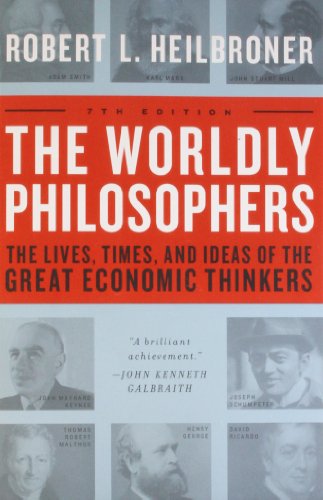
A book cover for The Worldly Philosophers: The Lives, Times And Ideas Of The Great Economic Thinkers, Seventh Edition; Robert L. Heilbroner; Business & Money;